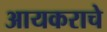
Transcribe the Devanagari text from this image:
आयकराचे